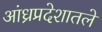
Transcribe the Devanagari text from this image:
आंध्रप्रदेशातले